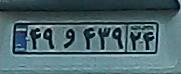
۴۹و۴۳۹۲۴